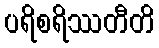
ပရိစရိဿတီတိ